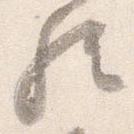
歟